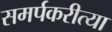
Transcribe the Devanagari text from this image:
समर्पकरीत्या